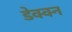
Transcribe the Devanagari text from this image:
डेक्क्न